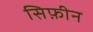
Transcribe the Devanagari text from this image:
सिफ़ीन